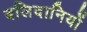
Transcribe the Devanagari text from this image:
बलिदानियों